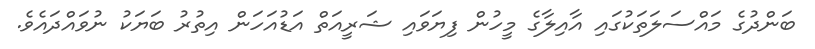
ބަންދުގެ މައްސަލަތަކުގައި އާއިލާގެ މީހުން ފިޔަވައި ޝަރީއަތް އަޑުއަހަން އިތުރު ބަޔަކު ނުވައްދައެވެ.